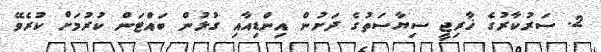
2. ސަރުކާރުގެ ޚާރިޖީ ސިޔާސަތުގެ ދަށުން އިންޑިއާއި ގުޅުން ބައްޓަން ކުރުމަށް ކުރެވޭ